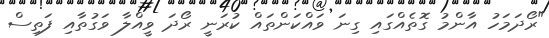
"ރޯދަމަހު އާންމު ގޮތެއްގައި ގިނަ ވައްކަންތައް ކުރަނީ ރޯދަ ވީއްލާ ވަގުތާއި ފަތިސް